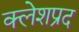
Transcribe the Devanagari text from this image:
क्लेशप्रद